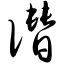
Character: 谮